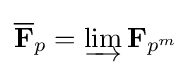
{\overline {\mathbf {F} }}_{p}=\varinjlim \mathbf {F} _{p^{m}}